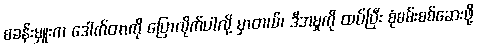
စခန်းမှူးက ဒေါက်တာကို ပြောလိုက်ပါလို့ မှာတယ်၊ ဒီအမှုကို ထပ်ပြီး စုံစမ်းစစ်ဆေးဖို့